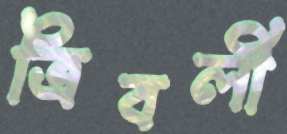
ত্রিবলী